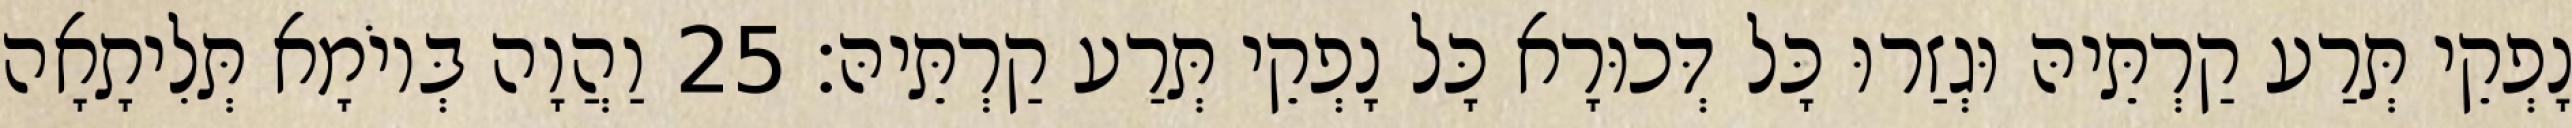
נָפְקֵי תְּרַע קַרְתֵּיהּ וּגְזַרוּ כָּל דְּכוּרָא כָּל נָפְקֵי תְּרַע קַרְתֵּיהּ׃ 25 וַהֲוָה בְּיוֹמָא תְּלִיתָאָה